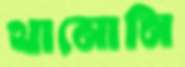
থামোনি